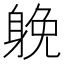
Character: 𨉏